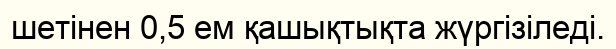
шетінен 0,5 ем қашықтықта жүргізіледі.